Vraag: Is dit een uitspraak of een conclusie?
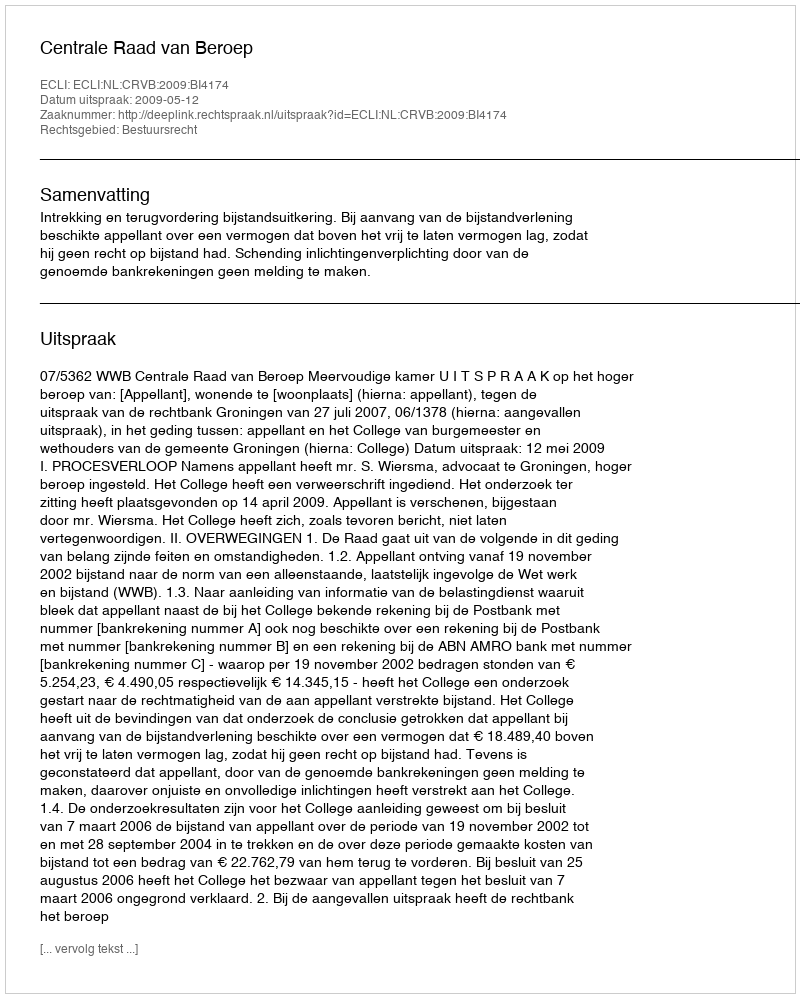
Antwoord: Uitspraak